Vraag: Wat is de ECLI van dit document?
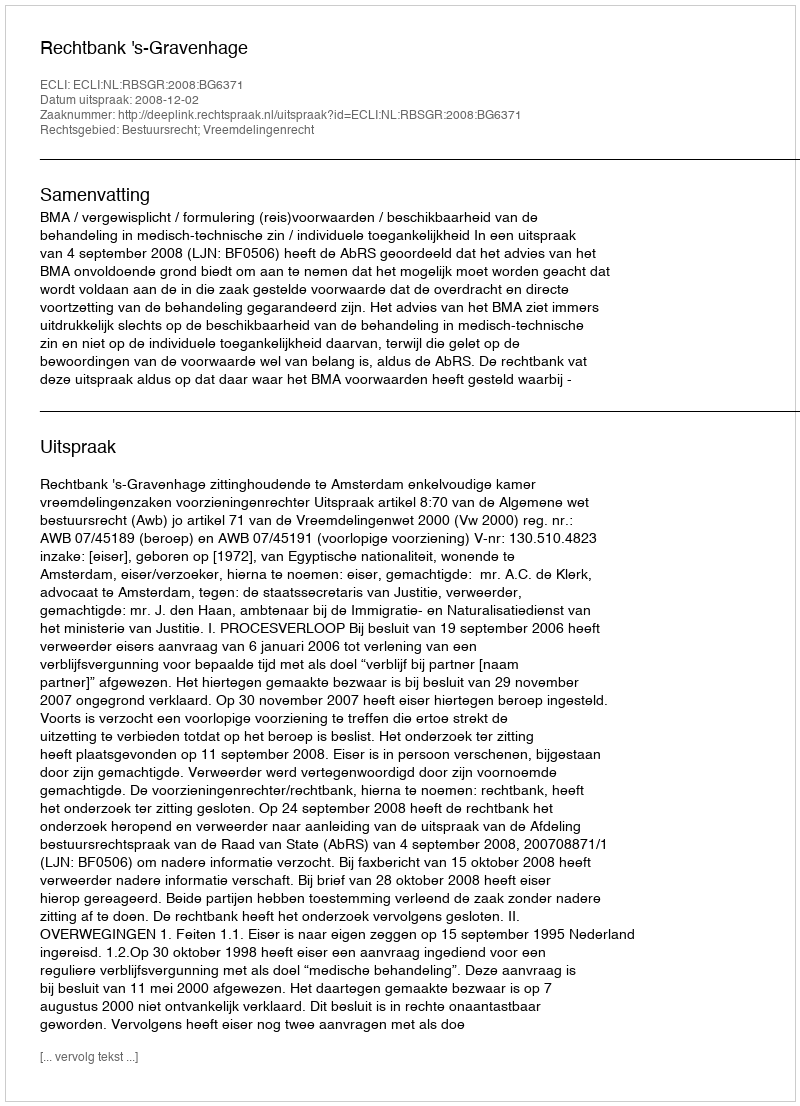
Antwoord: ECLI:NL:RBSGR:2008:BG6371